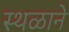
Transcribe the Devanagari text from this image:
स्थळाने